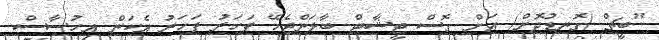
"ބީޗް (ގޮނޑުދޮށް) އަށް ގޮސް ޓީޝާޓް ބާލަންޖެހޭ ފަހަރު ފަހަރު އެކަން އިހުސާސް